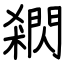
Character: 閷